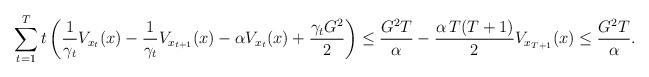
LaTeX: \begin{align*}\sum_{t=1}^{T} t\left( \frac{1}{\gamma_t} V_{x_t}(x) - \frac{1}{\gamma_t} V_{x_{t+1}}(x) - \alpha V_{x_t}(x) + \frac{\gamma_t G^2}{2} \right) \leq \frac{G^2 T}{\alpha} - \frac{\alpha\, T(T+1)}{2} V_{x_{T+1}}(x) \leq \frac{G^2 T}{\alpha}.\end{align*}